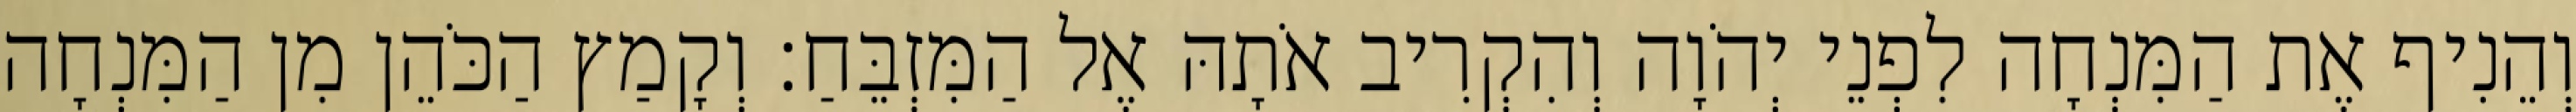
וְהֵנִיף אֶת הַמִּנְחָה לִפְנֵי יְהֹוָה וְהִקְרִיב אֹתָהּ אֶל הַמִּזְבֵּחַ׃ וְקָמַץ הַכֹּהֵן מִן הַמִּנְחָה